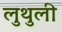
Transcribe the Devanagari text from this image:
लुथुली